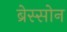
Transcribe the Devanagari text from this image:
ब्रेस्सोन